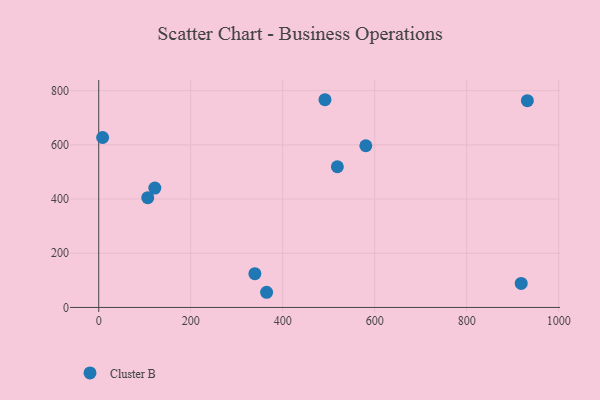
{"axis": {"x": "Price", "y": "Exam Score"}, "legend": ["Cluster B"], "data": [{"x": "931.9", "y": 762.9, "type": "Cluster B"}, {"x": "491.9", "y": 766.5, "type": "Cluster B"}, {"x": "518.8", "y": 519.1, "type": "Cluster B"}, {"x": "106.6", "y": 405.0, "type": "Cluster B"}, {"x": "918.5", "y": 88.6, "type": "Cluster B"}, {"x": "122.0", "y": 440.6, "type": "Cluster B"}, {"x": "580.7", "y": 596.6, "type": "Cluster B"}, {"x": "339.5", "y": 124.6, "type": "Cluster B"}, {"x": "8.5", "y": 627.1, "type": "Cluster B"}, {"x": "365.0", "y": 56.0, "type": "Cluster B"}]}